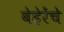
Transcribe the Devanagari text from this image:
बेहेरेंचे